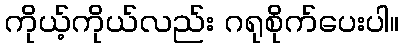
ကိုယ့်ကိုယ်လည်း ဂရုစိုက်ပေးပါ။